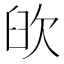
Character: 𦥞